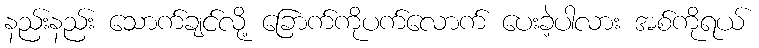
နည်းနည်း သောက်ချင်လို့ ခြောက်ကိုပက်လောက် ပေးခဲ့ပါလား အစ်ကိုရယ်